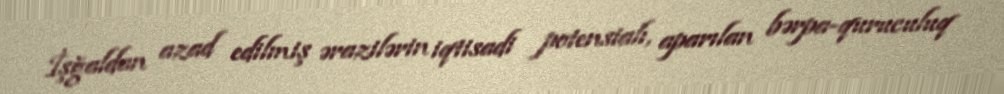
İşğaldan azad edilmiş ərazilərin iqtisadi potensialı, aparılan bərpa-quruculuq